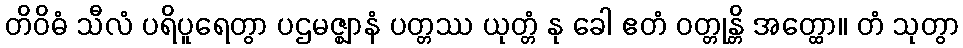
တိဝိဓံ သီလံ ပရိပူရေတွာ ပဌမဇ္ဈာနံ ပတ္တဿ ယုတ္တံ နု ခေါ ဧတံ ဝတ္တုန္တိ အတ္ထော။ တံ သုတွာ